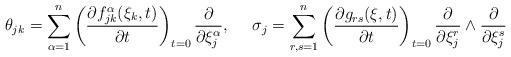
LaTeX: \begin{align*}\theta_{jk}=\sum_{\alpha=1}^n \left(\frac{\partial f_{jk}^{\alpha}(\xi_k,t)}{\partial t}\right)_{t=0}\frac{\partial}{\partial \xi_j^{\alpha}},\,\,\,\,\,\,\,\,\sigma_j=\sum_{r,s=1}^n \left(\frac{\partial g_{rs}(\xi,t)}{\partial t}\right)_{t=0} \frac{\partial}{\partial \xi_j^r}\wedge \frac{\partial}{\partial \xi_j^s}\end{align*}